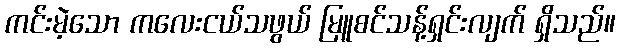
ကင်းမဲ့သော ကလေးငယ်သဖွယ် မြူစင်သန့်ရှင်းလျက် ရှိသည်။